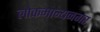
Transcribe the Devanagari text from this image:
लोकमान्यनगर